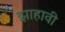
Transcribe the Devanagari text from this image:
झाहावी